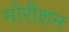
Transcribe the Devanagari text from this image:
मोरीशन